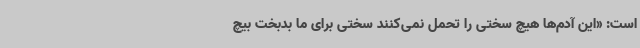
است: «این آدم‌ها هیچ سختی را تحمل نمی‌کنند سختی برای ما بدبخت بیچ